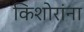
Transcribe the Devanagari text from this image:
किशोरांना